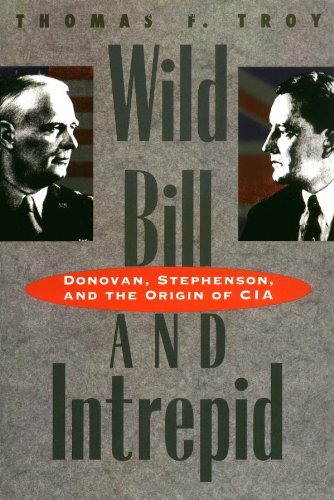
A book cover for Wild Bill and Intrepid: Donovan, Stephenson, and the Origin of CIA; Thomas F. Troy; History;